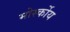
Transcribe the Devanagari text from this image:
मोर्स्कोय